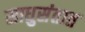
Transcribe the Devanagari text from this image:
साधुसंतात